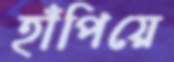
হাঁপিয়ে